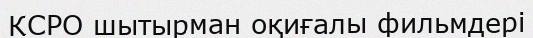
КСРО шытырман оқиғалы фильмдері